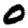
Digit: 0